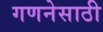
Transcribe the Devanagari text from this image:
गणनेसाठी